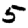
Digit: 5